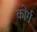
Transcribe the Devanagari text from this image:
कोर्ग